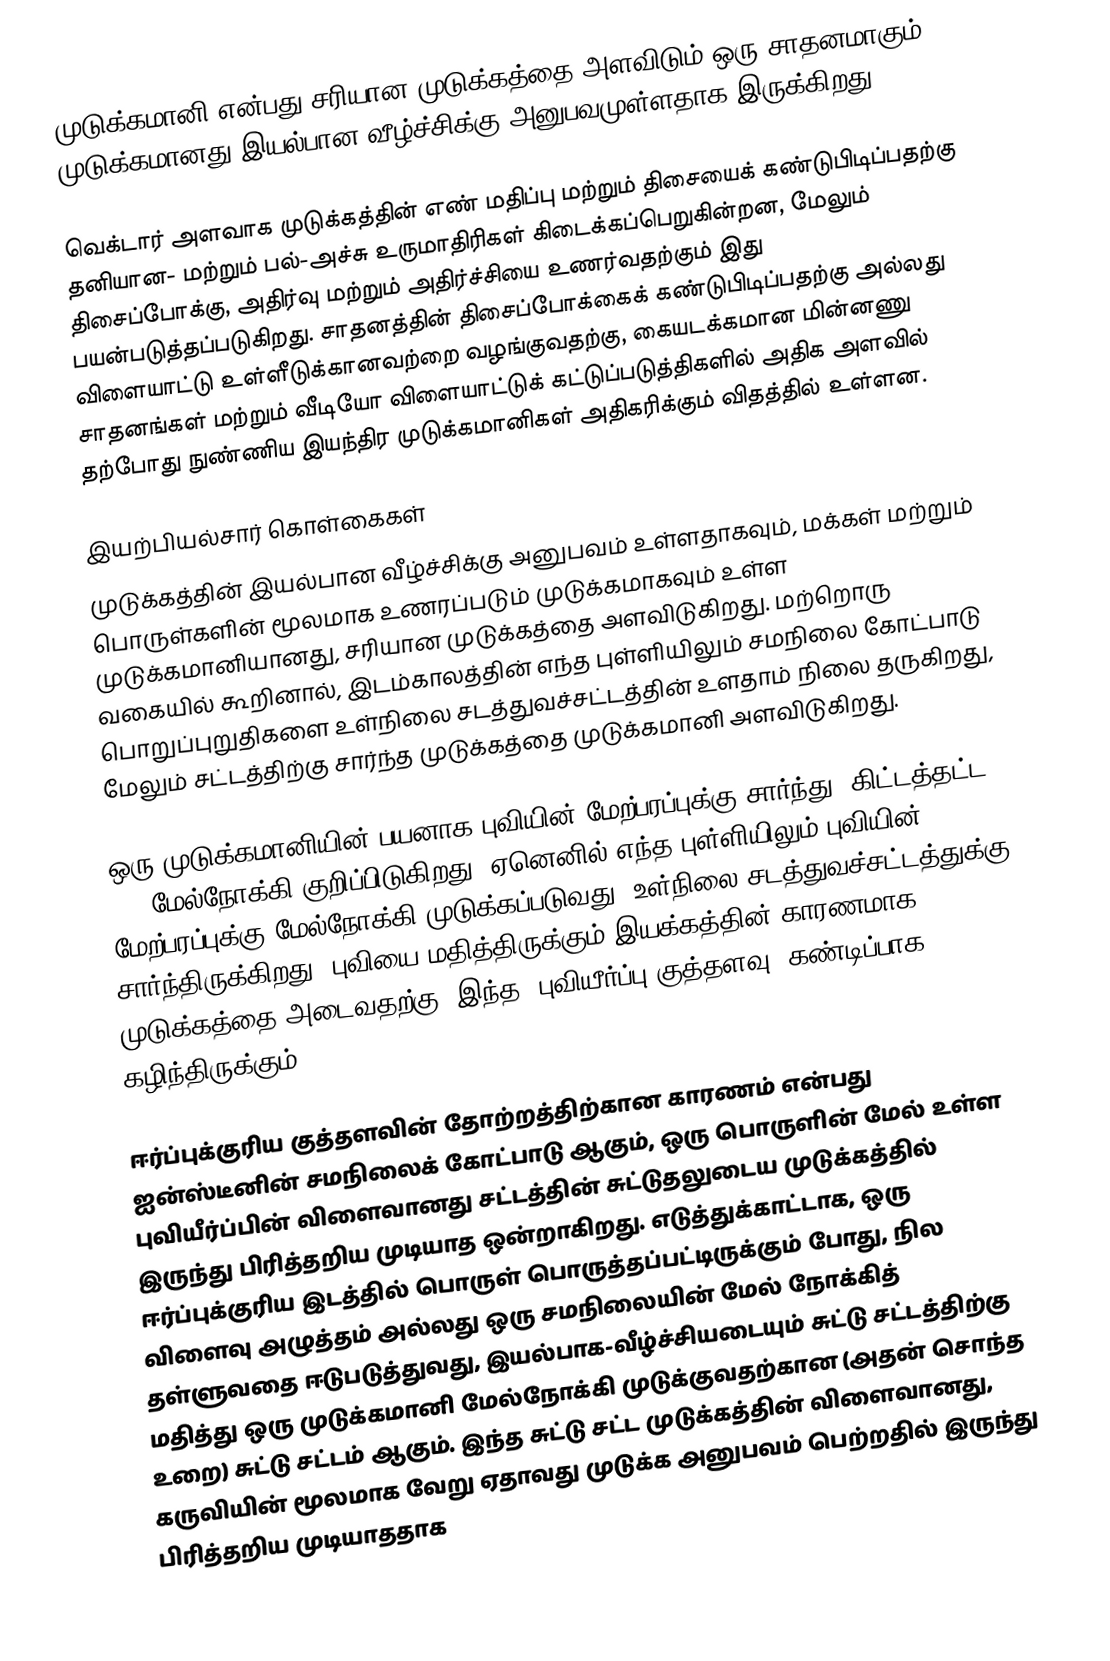
முடுக்கமானி  என்பது சரியான முடுக்கத்தை அளவிடும் ஒரு சாதனமாகும், முடுக்கமானது இயல்பான வீழ்ச்சிக்கு அனுபவமுள்ளதாக இருக்கிறது.

வெக்டார் அளவாக முடுக்கத்தின் எண் மதிப்பு மற்றும் திசையைக் கண்டுபிடிப்பதற்கு தனியான- மற்றும் பல்-அச்சு உருமாதிரிகள் கிடைக்கப்பெறுகின்றன, மேலும் திசைப்போக்கு, அதிர்வு மற்றும் அதிர்ச்சியை உணர்வதற்கும் இது பயன்படுத்தப்படுகிறது. சாதனத்தின் திசைப்போக்கைக் கண்டுபிடிப்பதற்கு அல்லது விளையாட்டு உள்ளீடுக்கானவற்றை வழங்குவதற்கு, கையடக்கமான மின்னணு சாதனங்கள் மற்றும் வீடியோ விளையாட்டுக் கட்டுப்படுத்திகளில் அதிக அளவில் தற்போது நுண்ணிய இயந்திர முடுக்கமானிகள் அதிகரிக்கும் விதத்தில் உள்ளன.

இயற்பியல்சார் கொள்கைகள்
முடுக்கத்தின் இயல்பான வீழ்ச்சிக்கு அனுபவம் உள்ளதாகவும், மக்கள் மற்றும் பொருள்களின் மூலமாக உணரப்படும் முடுக்கமாகவும் உள்ள முடுக்கமானியானது, சரியான முடுக்கத்தை அளவிடுகிறது. மற்றொரு வகையில் கூறினால், இடம்காலத்தின் எந்த புள்ளியிலும் சமநிலை கோட்பாடு பொறுப்புறுதிகளை உள்நிலை சடத்துவச்சட்டத்தின் உளதாம் நிலை தருகிறது, மேலும் சட்டத்திற்கு சார்ந்த முடுக்கத்தை முடுக்கமானி அளவிடுகிறது.

ஒரு முடுக்கமானியின் பயனாக புவியின் மேற்பரப்புக்கு சார்ந்து, கிட்டத்தட்ட 1 g மேல்நோக்கி  குறிப்பிடுகிறது, ஏனெனில் எந்த புள்ளியிலும் புவியின் மேற்பரப்புக்கு மேல்நோக்கி முடுக்கப்படுவது, உள்நிலை சடத்துவச்சட்டத்துக்கு சார்ந்திருக்கிறது. புவியை மதித்திருக்கும் இயக்கத்தின் காரணமாக முடுக்கத்தை அடைவதற்கு, இந்த "புவியீர்ப்பு குத்தளவு" கண்டிப்பாக கழிந்திருக்கும்.

ஈர்ப்புக்குரிய குத்தளவின் தோற்றத்திற்கான காரணம் என்பது ஐன்ஸ்டீனின் சமநிலைக் கோட்பாடு ஆகும், ஒரு பொருளின் மேல் உள்ள புவியீர்ப்பின் விளைவானது சட்டத்தின் சுட்டுதலுடைய முடுக்கத்தில் இருந்து பிரித்தறிய முடியாத ஒன்றாகிறது. எடுத்துக்காட்டாக, ஒரு ஈர்ப்புக்குரிய இடத்தில் பொருள் பொருத்தப்பட்டிருக்கும் போது, நில விளைவு அழுத்தம் அல்லது ஒரு சமநிலையின் மேல் நோக்கித் தள்ளுவதை ஈடுபடுத்துவது, இயல்பாக-வீழ்ச்சியடையும் சுட்டு சட்டத்திற்கு மதித்து ஒரு முடுக்கமானி மேல்நோக்கி முடுக்குவதற்கான (அதன் சொந்த உறை) சுட்டு சட்டம் ஆகும். இந்த சுட்டு சட்ட முடுக்கத்தின் விளைவானது, கருவியின் மூலமாக வேறு ஏதாவது முடுக்க அனுபவம் பெற்றதில் இருந்து பிரித்தறிய முடியாததாக